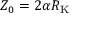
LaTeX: Z _ { 0 } = 2 \alpha R _ { \mathrm { K } }